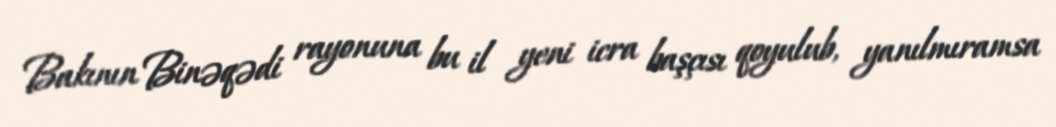
Bakının Binəqədi rayonuna bu il yeni icra başçısı qoyulub, yanılmıramsa